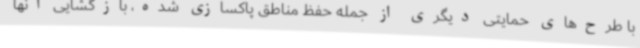
با طرح‌های حمایتی دیگری از جمله حفظ مناطق پاکسازی شده، بازگشایی آنها